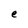
Character: e